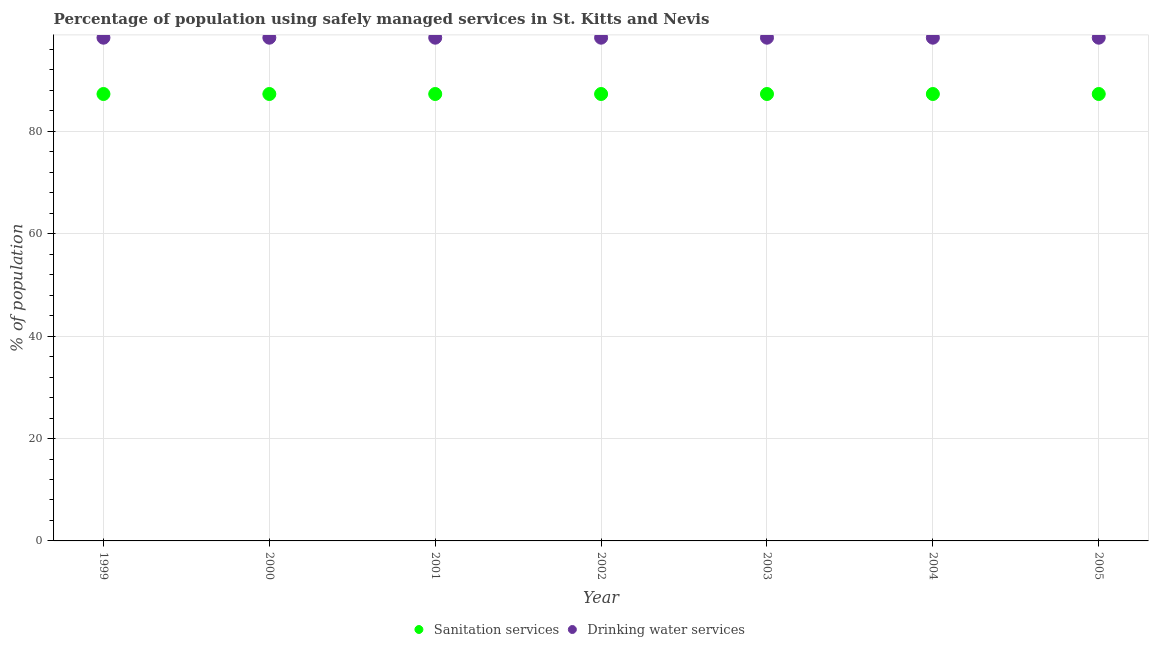
| Year | Sanitation services | Drinking water services |
 | --- | --- | --- |
 | 1999 | 87.3 | 98.3 |
 | 2000 | 87.3 | 98.3 |
 | 2001 | 87.3 | 98.3 |
 | 2002 | 87.3 | 98.3 |
 | 2003 | 87.3 | 98.3 |
 | 2004 | 87.3 | 98.3 |
 | 2005 | 87.3 | 98.3 |